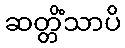
ဆတ္တိံသာပိ